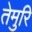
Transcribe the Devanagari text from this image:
तेमुरि